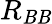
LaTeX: R_{\mathit{B}\mathit{B}}